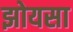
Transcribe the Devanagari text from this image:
झोयसा